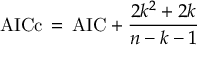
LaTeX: \mathrm { A I C c } \, = \, \mathrm { A I C } + { \frac { 2 k ^ { 2 } + 2 k } { n - k - 1 } }